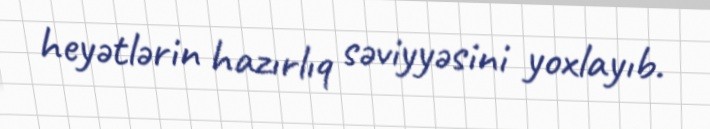
heyətlərin hazırlıq səviyyəsini yoxlayıb.